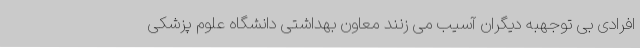
افرادی بی توجهبه دیگران آسیب می زنند معاون بهداشتی دانشگاه علوم پزشکی